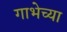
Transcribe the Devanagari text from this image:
गाभेच्या